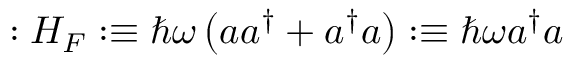
: H _ { F } : \equiv \hbar \omega \left( a a ^ { \dagger } + a ^ { \dagger } a \right) : \equiv \hbar \omega a ^ { \dagger } a